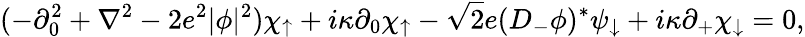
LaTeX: (-\partial_{0}^{2}+\nabla^{2}-2e^{2}|\phi|^{2})\chi_{\uparrow}+i\kappa\partial_{0}\chi_{\uparrow}-\sqrt{2}e(D_{-}\phi)^{*}\psi_{\downarrow}+i\kappa\partial_{+}\chi_{\downarrow}=0,